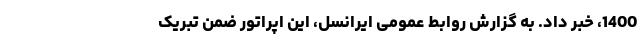
1400، خبر داد. به گزارش روابط عمومی ایرانسل، این اپراتور ضمن تبریک